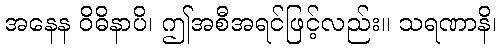
အနေန ဝိဓိနာပိ၊ ဤအစီအရင်ဖြင့်လည်း။ သရဏာနိ၊